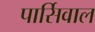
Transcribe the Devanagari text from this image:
पार्सिवाल